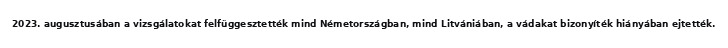
2023. augusztusában a vizsgálatokat felfüggesztették mind Németországban, mind Litvániában, a vádakat bizonyíték hiányában ejtették.